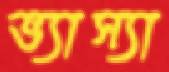
ভ্যাস্যা